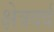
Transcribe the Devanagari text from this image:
क्षेत्रदर्द